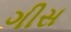
ગીસ